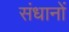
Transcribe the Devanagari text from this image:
संधानों